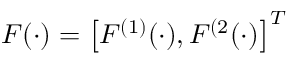
F ( \cdot ) = \left[ F ^ { ( 1 ) } ( \cdot ) , F ^ { ( 2 } ( \cdot ) \right] ^ { T }